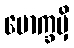
မောက္ခမှိ